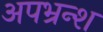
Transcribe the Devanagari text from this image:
अपभ्रन्‍श